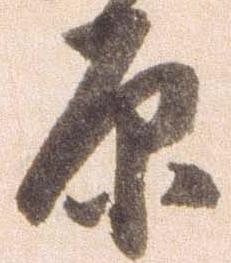
原